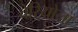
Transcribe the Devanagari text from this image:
वेरियोला